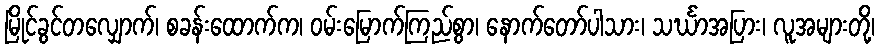
မြိုင်ခွင်တလျှောက်၊ စခန်းထောက်က၊ ဝမ်းမြောက်ကြည်စွာ၊ နောက်တော်ပါသား၊ သင်္ဃာအပြား၊ လူအများတို့၊